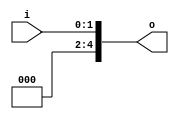
module bsg_unconcentrate_static_03
(
  i,
  o
);

  input [1:0] i;
  output [4:0] o;
  wire [4:0] o;
  wire o_1_,o_0_;
  assign o[4] = 1'b0;
  assign o[3] = 1'b0;
  assign o[2] = 1'b0;
  assign o_1_ = i[1];
  assign o[1] = o_1_;
  assign o_0_ = i[0];
  assign o[0] = o_0_;

endmodule